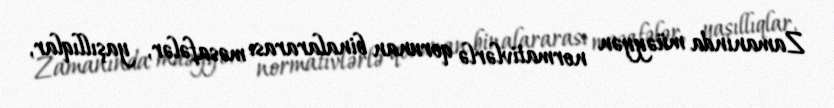
Zamanında müəyyən normativlərlə qorunan binalararası məsafələr, yaşıllıqlar,